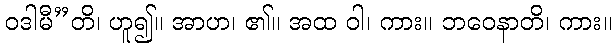
ဝဒါမီ”တိ၊ ဟူ၍။ အာဟ၊ ၏။ အထ ဝါ၊ ကား။ ဘဝေနာတိ၊ ကား။